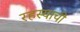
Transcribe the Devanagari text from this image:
रहस्याची